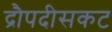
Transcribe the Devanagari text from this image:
द्रौपदीसकट